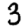
Digit: 3